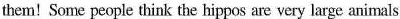
them! Some people think the hippos are very large animals